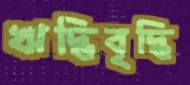
ঋদ্ধিবৃদ্ধি